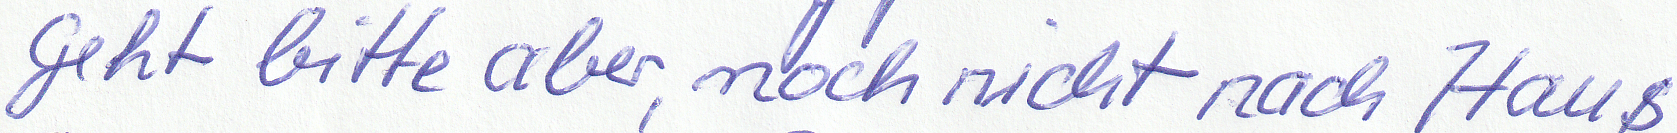
Geht bitte aber, noch nicht nach Haus